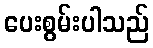
ပေးစွမ်းပါသည်